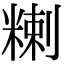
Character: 𥻃